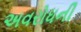
અવરોધની